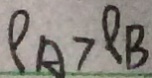
\rho _ { A } > \rho _ { B }